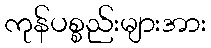
ကုန်ပစ္စည်းများအား